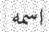
اسمه